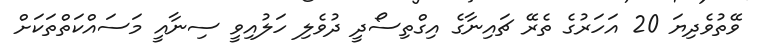
ވޭތުވެދިޔަ 20 އަހަރުގެ ތެރޭ ޗައިނާގެ އިގްތިސޯދީ ދުވެލި ހަލުއިވީ ސިނާއީ މަސައްކަތްތަކަށް